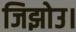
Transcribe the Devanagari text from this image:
जिझोउ।